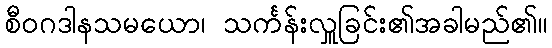
စီဝဂဒါနသမယော၊ သင်္ကန်းလှူခြင်း၏အခါမည်၏။